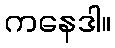
ကနေဒါ။